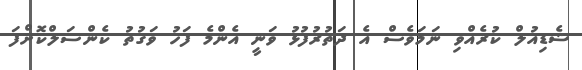
ޝެޑިއުލް ކުރެއްވި ނަމަވެސް އެ ދަތުރުފުޅު ވަނީ އެންމެ ފަހު ވަގުތު ކެންސަލްކޮށްފަ